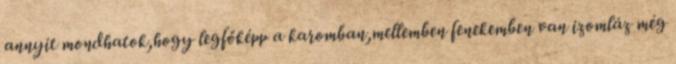
annyit mondhatok,hogy legfőképp a karomban,mellemben fenekemben van izomláz még